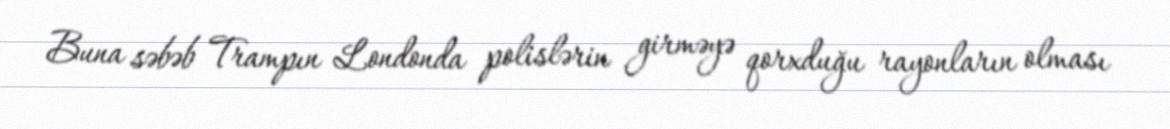
Buna səbəb Trampın Londonda polislərin girməyə qorxduğu rayonların olması